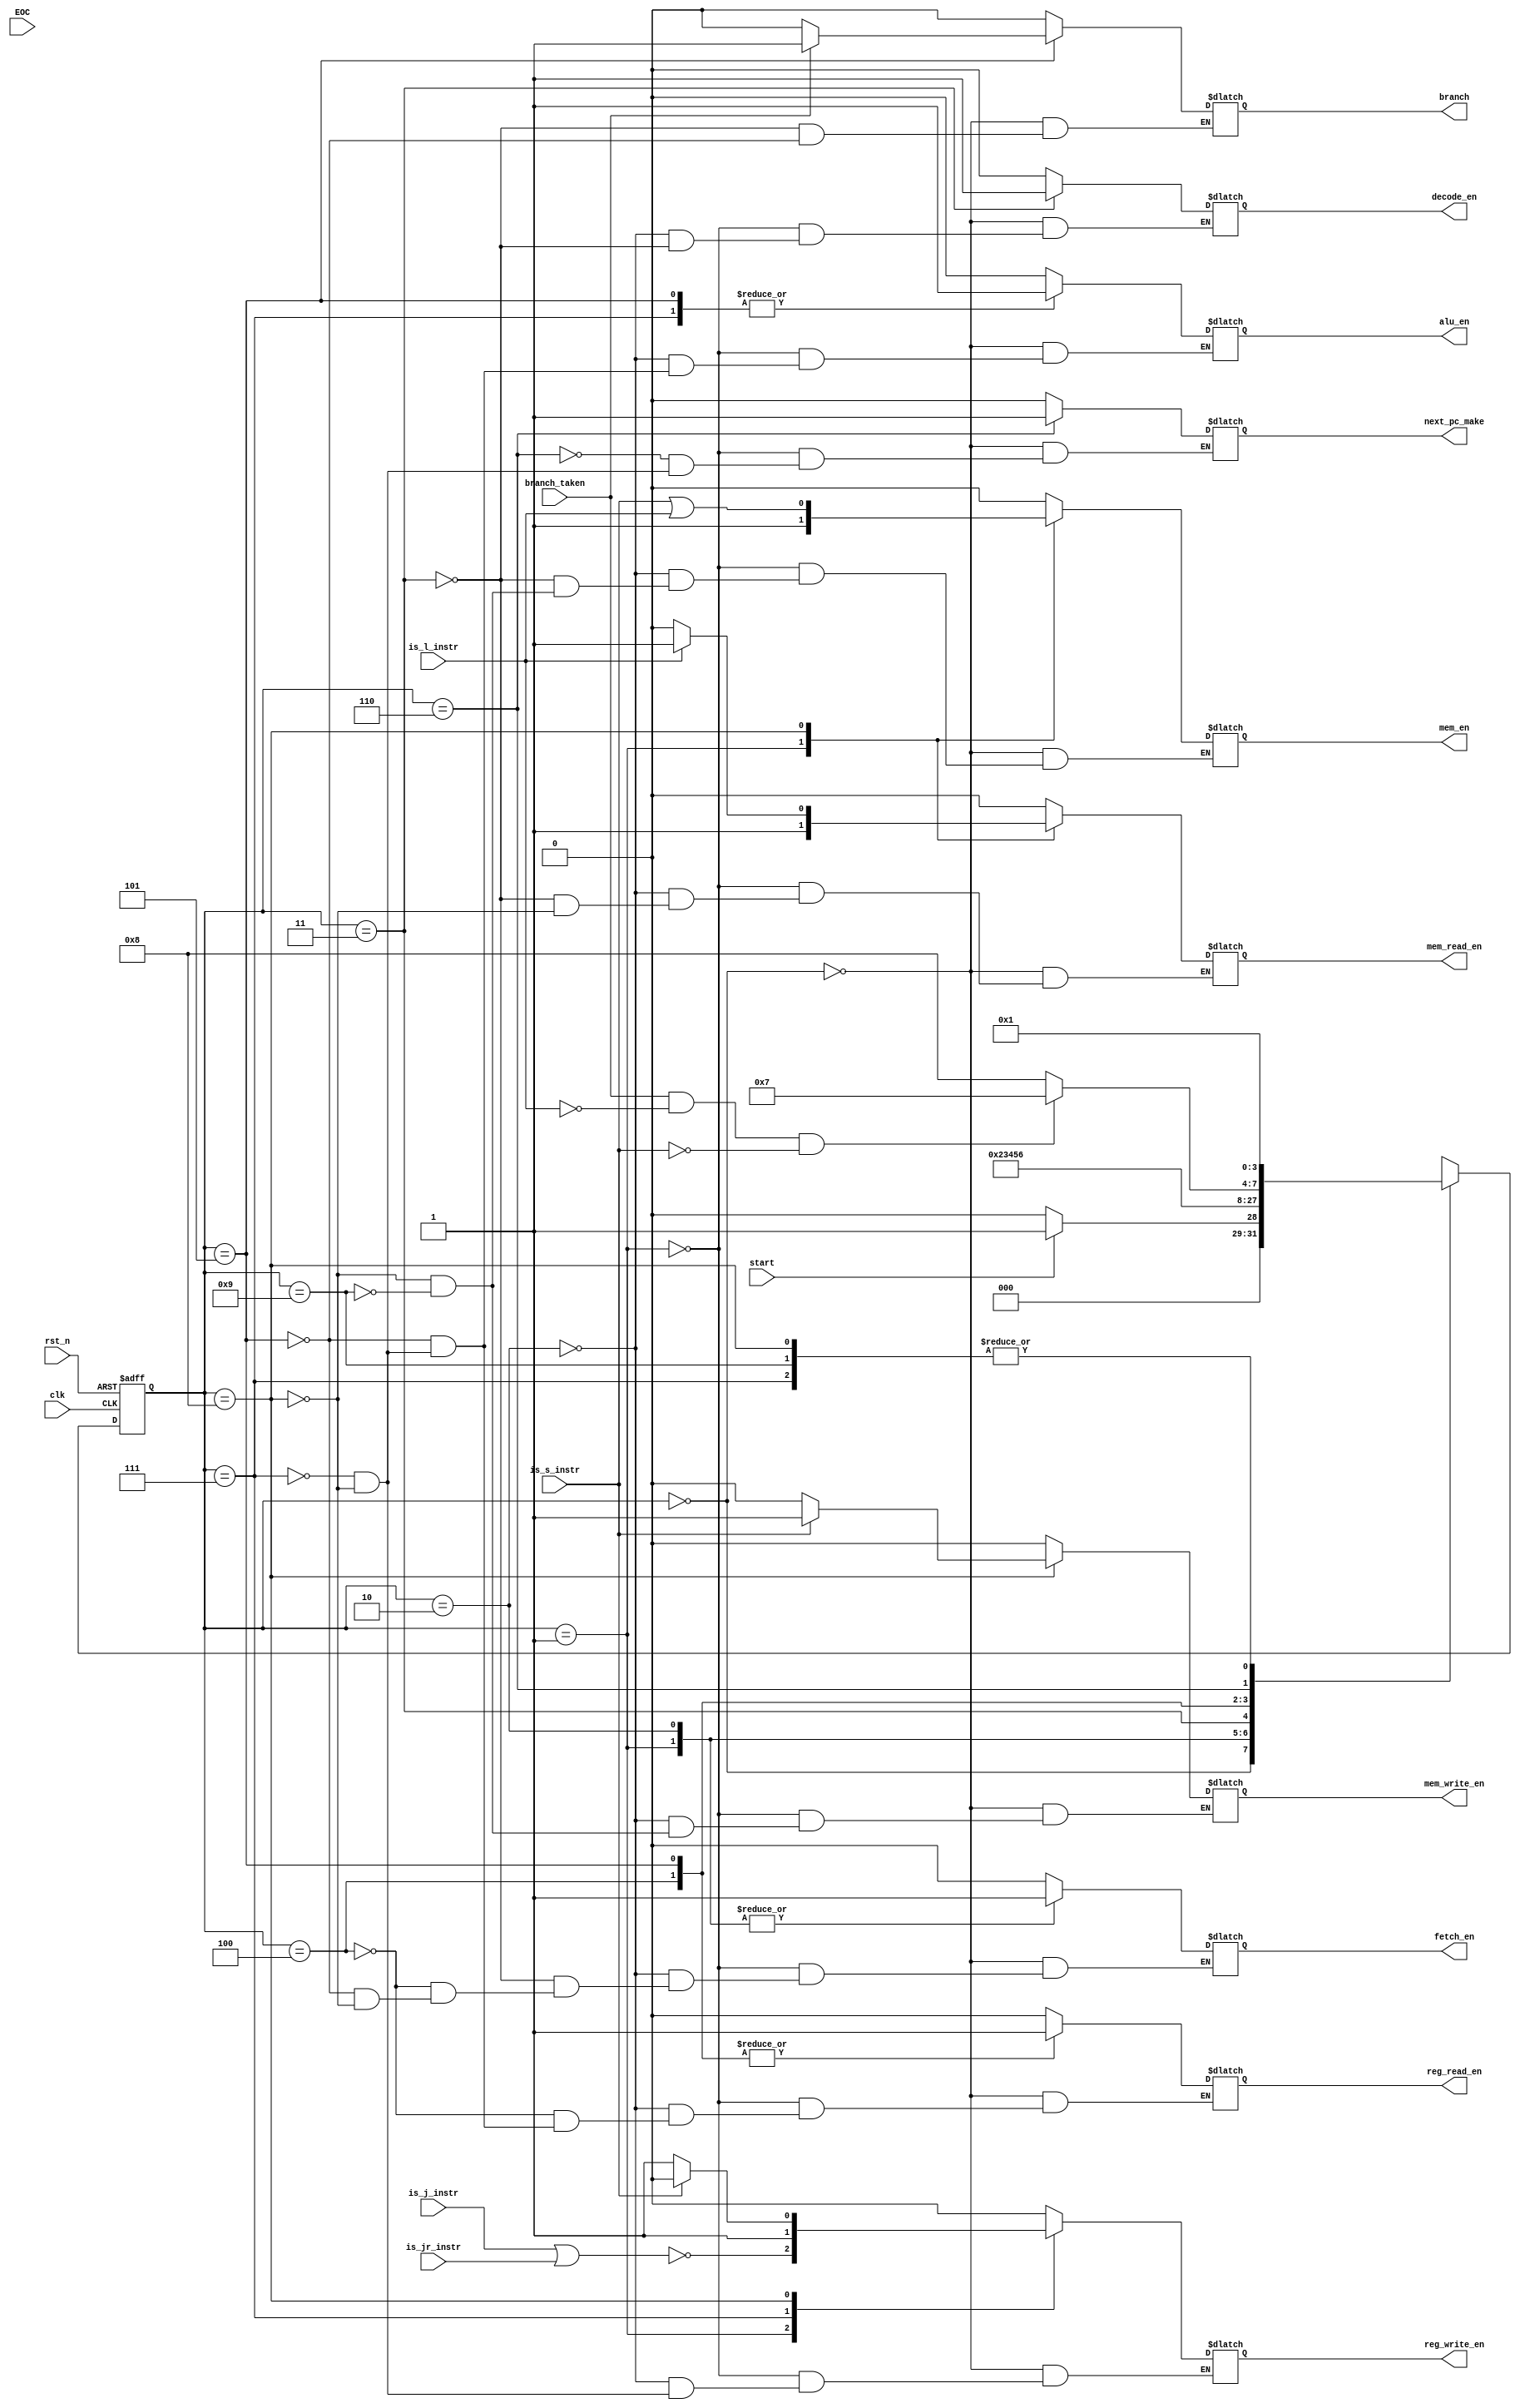
module multi_fsm(
input clk,
input rst_n,
input start,
input EOC,
input branch_taken,
input is_l_instr,
input is_s_instr,
input is_j_instr,
input is_jr_instr,
output reg fetch_en,
output reg decode_en,
output reg mem_read_en,
output reg mem_write_en,
output reg reg_read_en,
output reg reg_write_en,
output reg next_pc_make,
output reg alu_en,
output reg branch,
output reg mem_en
);

parameter [3:0] IDLE 		= 4'b0000,
		FETCH	 	= 4'b0001,
		FETCH_WAIT	= 4'b0010,
		DECODE 		= 4'b0011,
		REG_READ 	= 4'b0100,
		ALU		= 4'b0101,
		BRANCH_WRITE	= 4'b0111,
		BRANCH_WAIT	= 4'b0110,
		MEMORY_WRITE	= 4'b1000,
		STORE_WAIT	= 4'b1001;
		
reg [3:0] pstate;
reg [3:0] nstate;

//NSL Next State Logic
always @(*)
begin
casez(pstate)
	IDLE:		nstate = start ? FETCH : IDLE;
	FETCH:		nstate = FETCH_WAIT;
	FETCH_WAIT:	nstate = DECODE;
	DECODE:		nstate = REG_READ;
	REG_READ: 	nstate = ALU;
	ALU:		nstate = BRANCH_WAIT;
	BRANCH_WAIT:	nstate = (branch_taken & (!is_l_instr) & ( !is_s_instr) )? BRANCH_WRITE : MEMORY_WRITE;
	BRANCH_WRITE:	nstate = FETCH;
	MEMORY_WRITE:	nstate = FETCH;
	STORE_WAIT:	nstate = FETCH;			
	default: 	nstate = 3'bxxx;
endcase
end

// OL
always @(*)
begin
	case(pstate)
		IDLE: 		begin
			fetch_en = 1'b0;
			decode_en = 1'b0;
			mem_read_en = 1'b0;
			alu_en = 1'b0;
			branch = 1'b0;
			reg_read_en = 1'b0;
			reg_write_en = 1'b0;
			mem_read_en = 1'b0;
			mem_write_en = 1'b0;
			mem_en = 1'b0;
			next_pc_make = 1'b0;
		end

		FETCH: 		begin
			fetch_en = 1'b1;
			decode_en = 1'b0;
			alu_en = 1'b0;
			next_pc_make = 1'b0;
			reg_read_en = 1'b0;
			reg_write_en = !(is_j_instr || is_jr_instr);
			mem_read_en = 1'b1;
			mem_write_en = 1'b0;
			mem_en = 1'b1;
		end
		
		FETCH_WAIT:	begin
			fetch_en = 1'b1;
			decode_en = 1'b0;
			alu_en = 1'b0;
			
			reg_read_en = 1'b0;
			reg_write_en = 1'b0;
			mem_read_en = 1'b0;
			mem_write_en = 1'b0;
			mem_en = 1'b0;
		end

		DECODE: 	begin
			mem_en = 1'b0;
			mem_read_en = 1'b0;
			fetch_en = 1'b0;
			decode_en = 1'b1;
			branch = 1'b0;
		end

		REG_READ: 	begin
			fetch_en = 1'b0;	
			reg_read_en = 1'b1;		
		end
		
		ALU:		begin
			fetch_en = 1'b0;
			alu_en = 1'b1;
			branch = branch_taken ? 1'b1 : 1'b0;
			reg_read_en = 1'b1;
		end
		
		BRANCH_WAIT:	begin
			next_pc_make = 1'b1;
		end
		
		BRANCH_WRITE:	begin
			reg_write_en = 1'b1;
			reg_read_en = 1'b0;
			alu_en = 1'b1;
			next_pc_make = 1'b0;
		end
		
		MEMORY_WRITE:	begin
			fetch_en = 1'b0;
			alu_en = 1'b0;
			reg_write_en = 1'b1;
			reg_read_en = 1'b0;
			next_pc_make = 1'b0;
			if(is_s_instr)	begin
				mem_write_en = 1'b1;
				reg_write_en = 1'b0;
			end
			else		begin
				mem_write_en = 1'b0;
			end

			if(is_l_instr)	begin
				mem_read_en = 1'b1;
			end
			else		begin
				mem_read_en = 1'b0;
			end
			mem_en = is_s_instr || is_l_instr;
		end
		STORE_WAIT:	begin
			mem_en = 1'b0;
			mem_write_en = 1'b0;
		end
		/*
		LOAD_WAIT:		begin
			reg_write_en = 1'b1;
			mem_read_en = 1'b1;
			mem_en = 1'b0;	
		end
		RD_CHECK:		begin
			reg_write_en = 1'b0;
			mem_read_en = 1'b0;
		end
		*/
	endcase
end

//PSR
always @(posedge clk or negedge rst_n)
begin
	if(!rst_n) pstate <= IDLE;
	else pstate <= nstate;

end

endmodule